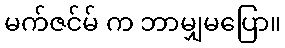
မက်ဇင်မ် က ဘာမျှမပြော။